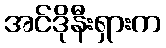
အင်ဒိုနီးရှားက